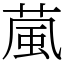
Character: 葻